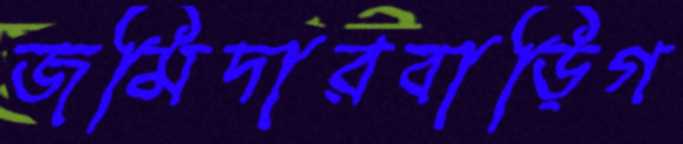
জমিদারবাড়িগ